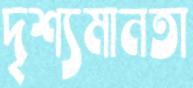
দৃশ্যমানতা